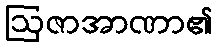
ဩဇာအာဏာ၏